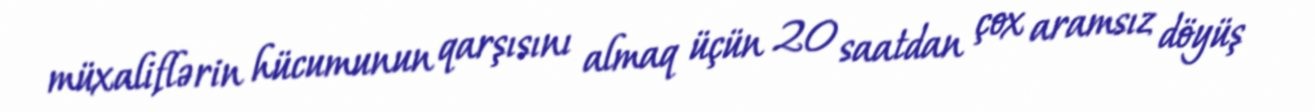
müxaliflərin hücumunun qarşısını almaq üçün 20 saatdan çox aramsız döyüş